Indian journal of veterinary science and animal husbandry - Volumes 15-17, 1948-1951
Year: 1948
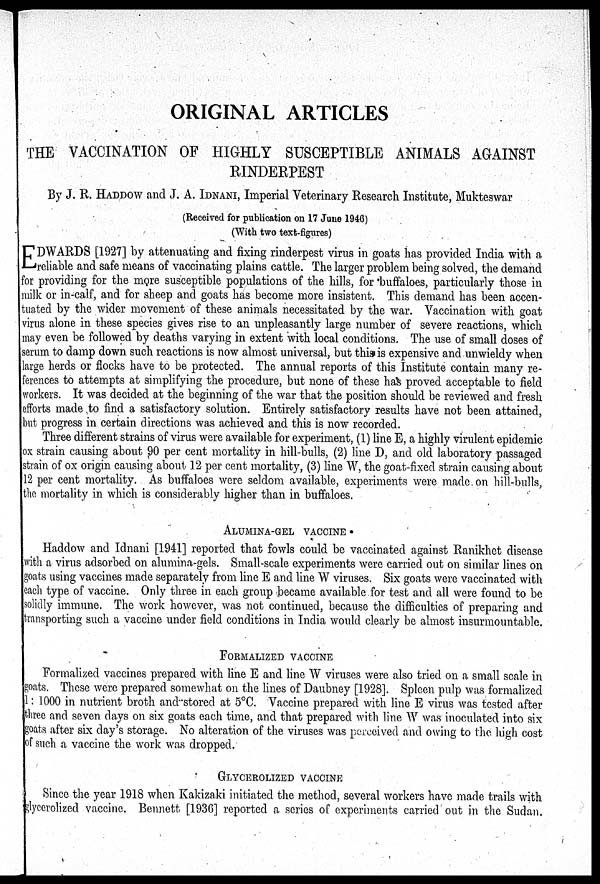
ORIGINAL ARTICLES
THE VACCINATION OF HIGHLY SUSCEPTIBLE ANIMALS AGAINST
RINDERPEST
By J. R. HADDOW and J. A. IDNANI, Imperial Veterinary Research Institute, Mukteswar
(Received for publication on 17 June 1946)
(With two text-figures)
E DWARDS [1927] by attenuating and fixing rinderpest virus in goats has provided India with a
reliable and safe means of vaccinating plains cattle. The larger problem being solved, the demand
for providing for the more susceptible populations of the hills, for buffaloes, particularly those in
milk or in-calf, and for sheep and goats has become more insistent. This demand has been accen-
tuated by the wider movement of these animals necessitated by the war. Vaccination with goat
virus alone in these species gives rise to an unpleasantly large number of severe reactions, which
may even be followed by deaths varying in extent with local conditions. The use of small doses of
serum to damp down such reactions is now almost universal, but this is expensive and unwieldy when
large herds or flocks have to be protected. The annual reports of this Institute contain many re-
ferences to attempts at simplifying the procedure, but none of these has proved acceptable to field
workers. It was decided at the beginning of the war that the position should be reviewed and fresh
efforts made to find a satisfactory solution. Entirely satisfactory results have not been attained,
but progress in certain directions was achieved and this is now recorded.
Three different strains of virus were available for experiment, (1) line E, a highly virulent epidemic
ox strain causing about 90 per cent mortality in hill-bulls, (2) line D, and old laboratory passaged
strain of ox origin causing about 12 per cent mortality, (3) line W, the goat-fixed strain causing about
12 per cent mortality. As buffaloes were seldom available, experiments were made on hill-bulls,
the mortality in which is considerably higher than in buffaloes.
ALUMINA-GEL VACCINE *
Haddow and Idnani [1941] reported that fowls could be vaccinated against Ranikhet disease
with a virus adsorbed on alumina-gels. Small-scale experiments were carried out on similar lines on
goats using vaccines made separately from line E and line W viruses. Six goats were vaccinated with
each type of vaccine. Only three in each group became available for test and all were found to be
solidly immune. The work however, was not continued, because the difficulties of preparing and
transporting such a vaccine under field conditions in India would clearly be almost insurmountable.
FORMALIZED VACCINE
Formalized vaccines prepared with line E and line W viruses were also tried on a small scale in
goats. These were prepared somewhat on the lines of Daubney [1928]. Spleen pulp was formalized
1: 1000 in nutrient broth and stored at 5°C. Vaccine prepared with line E virus was tested after
three and seven days on six goats each time, and that prepared with line W was inoculated into six
goats after six day's storage. No alteration of the viruses was perceived and owing to the high cost
of such a vaccine the work was dropped.
GLYCEROLIZED VACCINE
Since the year 1918 when Kakizaki initiated the method, several workers have made trails with
glycerolized vaccine. Bennett [1936] reported a series of experiments carried out in the Sudan.